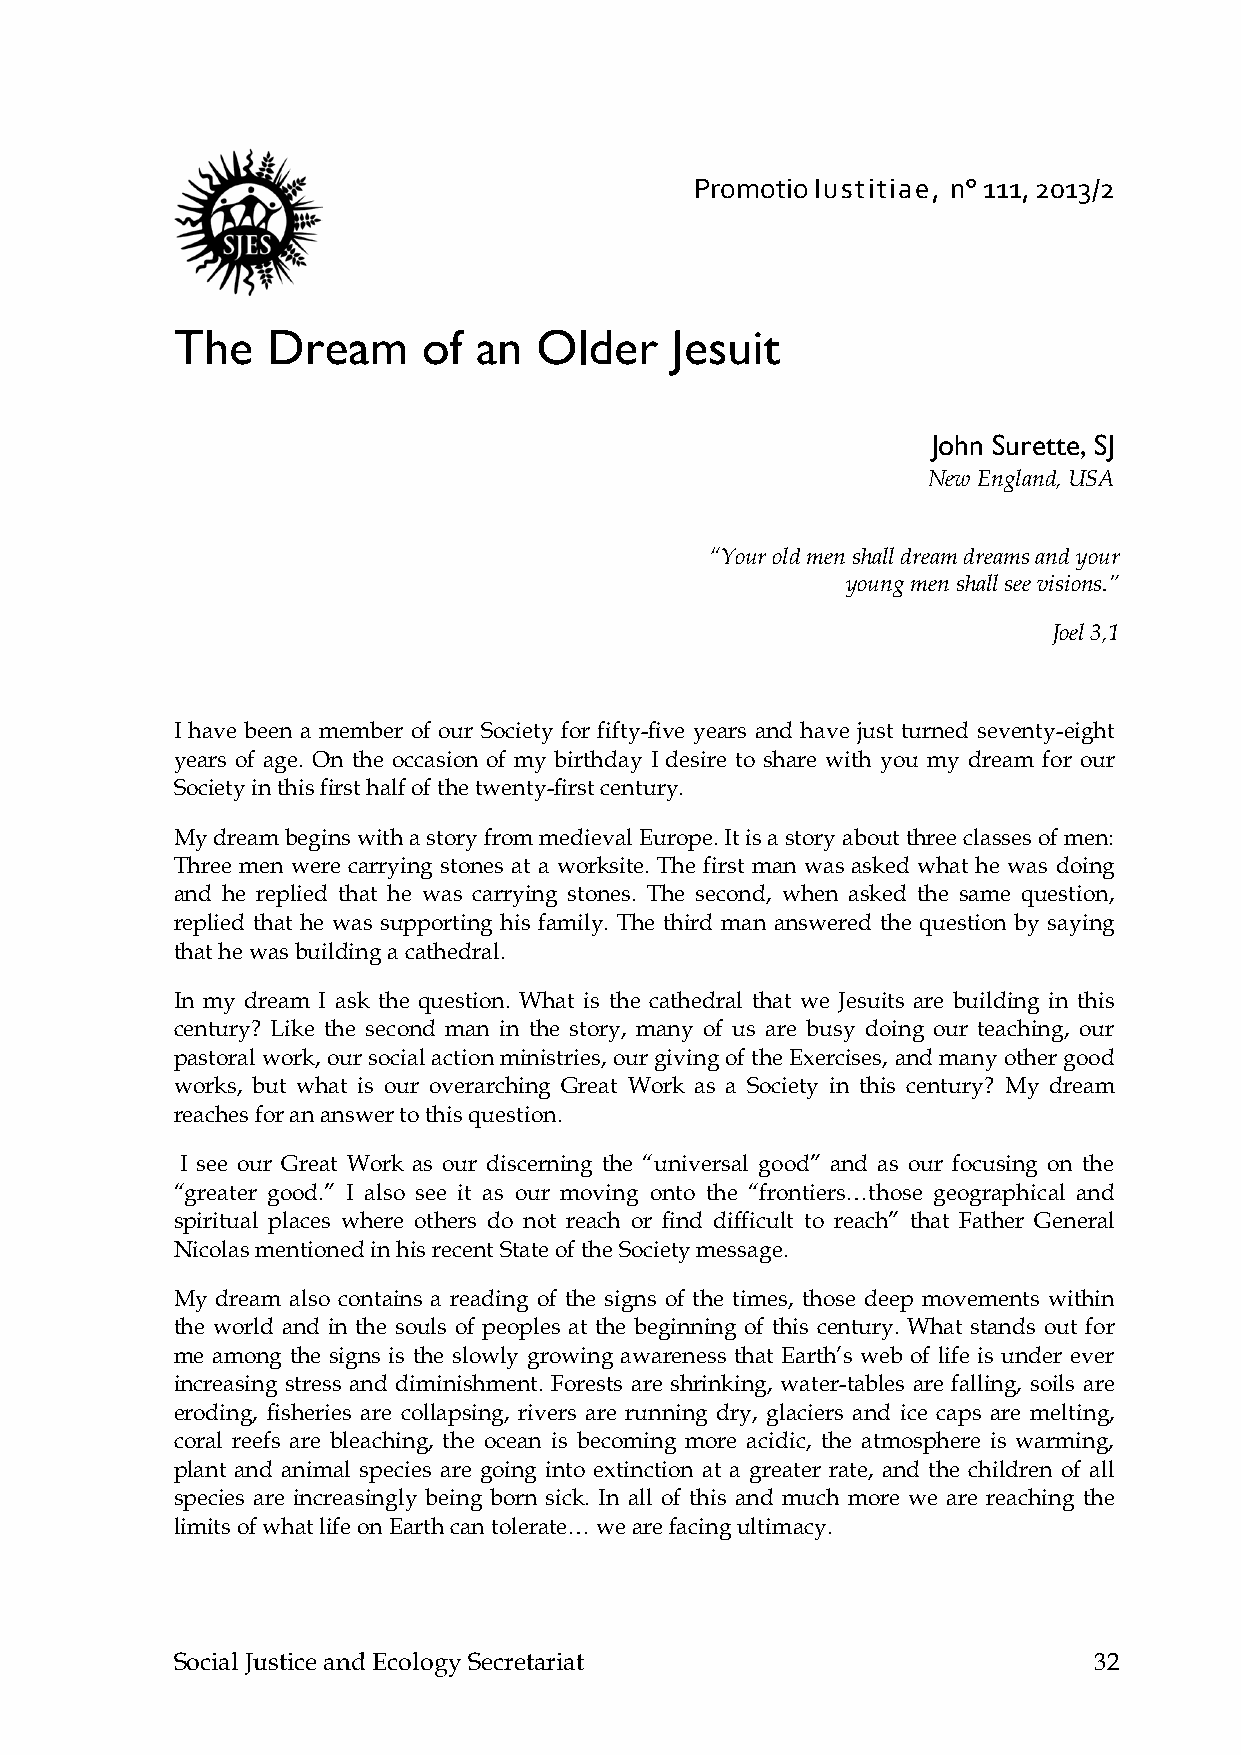
Promotio Iustitiae, n° 111, 2013/2
 The   Dream     of an  Older    Jesuit
 John Surette, SJ
 New England, USA
 “Your old men shall dream dreams and your
 young men shall see visions.”
 Joel 3,1
 I have been a member of our Society for fifty-five years and have just turned seventy-eight
 years of age. On the occasion of my birthday I desire to share with you my dream for our
 Society in this first half of the twenty-first century.
 My dream begins with a story from medieval Europe. It is a story about three classes of men:
 Three men were carrying stones at a worksite. The first man was asked what he was doing
 and he replied that he was carrying stones. The second, when asked the same question,
 replied that he was supporting his family. The third man answered the question by saying
 that he was building a cathedral.
 In my dream I ask the question. What is the cathedral that we Jesuits are building in this
 century? Like the second man in the story, many of us are busy doing our teaching, our
 pastoral work, our social action ministries, our giving of the Exercises, and many other good
 works, but what is our overarching Great Work as a Society in this century? My dream
 reaches for an answer to this question.
 I see our Great Work as our discerning the “universal good” and as our focusing on the
 “greater good.” I also see it as our moving onto the “frontiers…those geographical and
 spiritual places where others do not reach or find difficult to reach” that Father General
 Nicolas mentioned in his recent State of the Society message.
 My dream also contains a reading of the signs of the times, those deep movements within
 the world and in the souls of peoples at the beginning of this century. What stands out for
 me among the signs is the slowly growing awareness that Earth’s web of life is under ever
 increasing stress and diminishment. Forests are shrinking, water-tables are falling, soils are
 eroding, fisheries are collapsing, rivers are running dry, glaciers and ice caps are melting,
 coral reefs are bleaching, the ocean is becoming more acidic, the atmosphere is warming,
 plant and animal species are going into extinction at a greater rate, and the children of all
 species are increasingly being born sick. In all of this and much more we are reaching the
 limits of what life on Earth can tolerate… we are facing ultimacy.
 Social Justice and Ecology Secretariat                      32